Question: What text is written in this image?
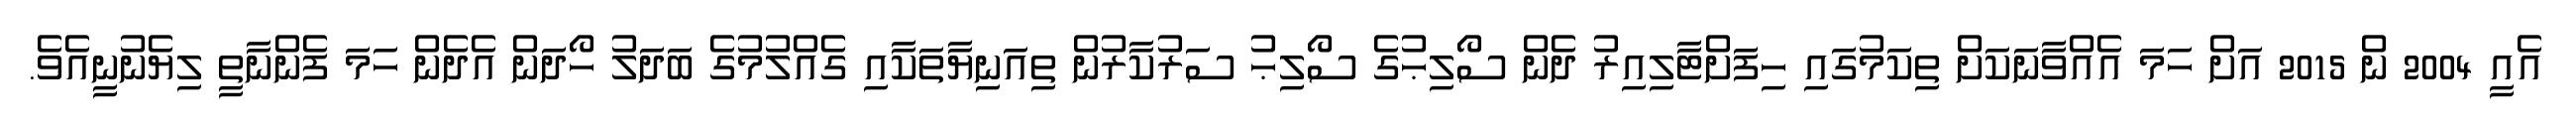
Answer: އެއީ 2004 ން 2015 އަށް ހަމަ އެއްވާނަކަށް ތިކަމުގައި ހިފަށްޓާލިއިރު ދެން ސޯލިޙުގެ ސޯލިޙު ސަރުކާރުން ތިއަނިޔާތަކާއި ގެއްލުމުގެ ބަދަލު ހޯދަން އެދެން ހަމަ ފެންނާތީ ލިޔެނުނީއެވެ.